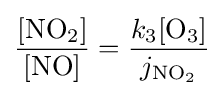
{\frac {{\ce {[NO2]}}}{{\ce {[NO]}}}}={\frac {k_{3}[{\ce {O3}}]}{j_{{\ce {NO2}}}}}